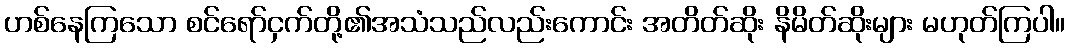
ဟစ်နေကြသော စင်ရော်ငှက်တို့၏အသံသည်လည်းကောင်း အတိတ်ဆိုး နိမိတ်ဆိုးများ မဟုတ်ကြပါ။